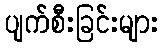
ပျက်စီးခြင်းများ